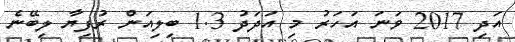
އަދި 2017 ވަނަ އަހަރު މި އަދަދު 1.3 ބިލިއަން ރުފިޔާ ލިބޭނެ